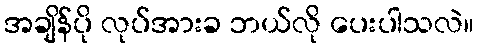
အချိန်ပို လုပ်အားခ ဘယ်လို ပေးပါသလဲ။